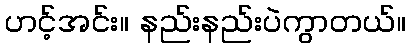
ဟင့်အင်း။ နည်းနည်းပဲကွာတယ်။